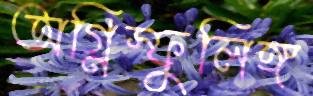
অগ্নিস্ফুলিঙ্গ